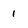
Character: 1